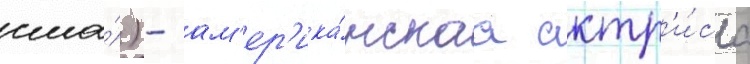
сша́) - ам'ер'ика́нскаа актр'и́са